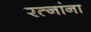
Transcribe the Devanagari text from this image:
रत्‍नांना